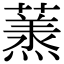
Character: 𮑶